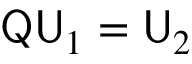
{ \sf Q } { \sf U } _ { 1 } = { \sf U } _ { 2 }